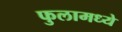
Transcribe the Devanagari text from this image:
फुलामध्ये